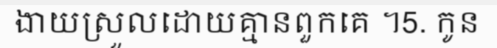
ងាយស្រួលដោយគ្មានពួកគេ ។5. កូន